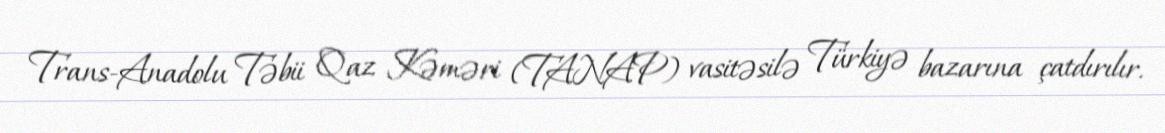
Trans-Anadolu Təbii Qaz Kəməri (TANAP) vasitəsilə Türkiyə bazarına çatdırılır.